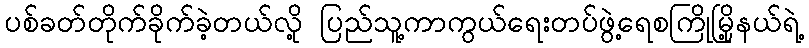
ပစ်ခတ်တိုက်ခိုက်ခဲ့တယ်လို့ ပြည်သူ့ကာကွယ်ရေးတပ်ဖွဲ့ရေစကြိုမြို့နယ်ရဲ့